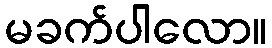
မခက်ပါလော။